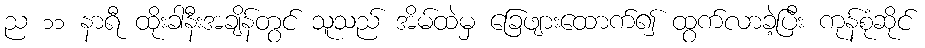
ည ၁၁ နာရီ ထိုးခါနီးအချိန်တွင် သူသည် အိမ်ထဲမှ ခြေဖျားထောက်၍ ထွက်လာခဲ့ပြီး ကုန်စုံဆိုင်